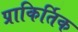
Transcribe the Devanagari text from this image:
प्राकिर्तिक